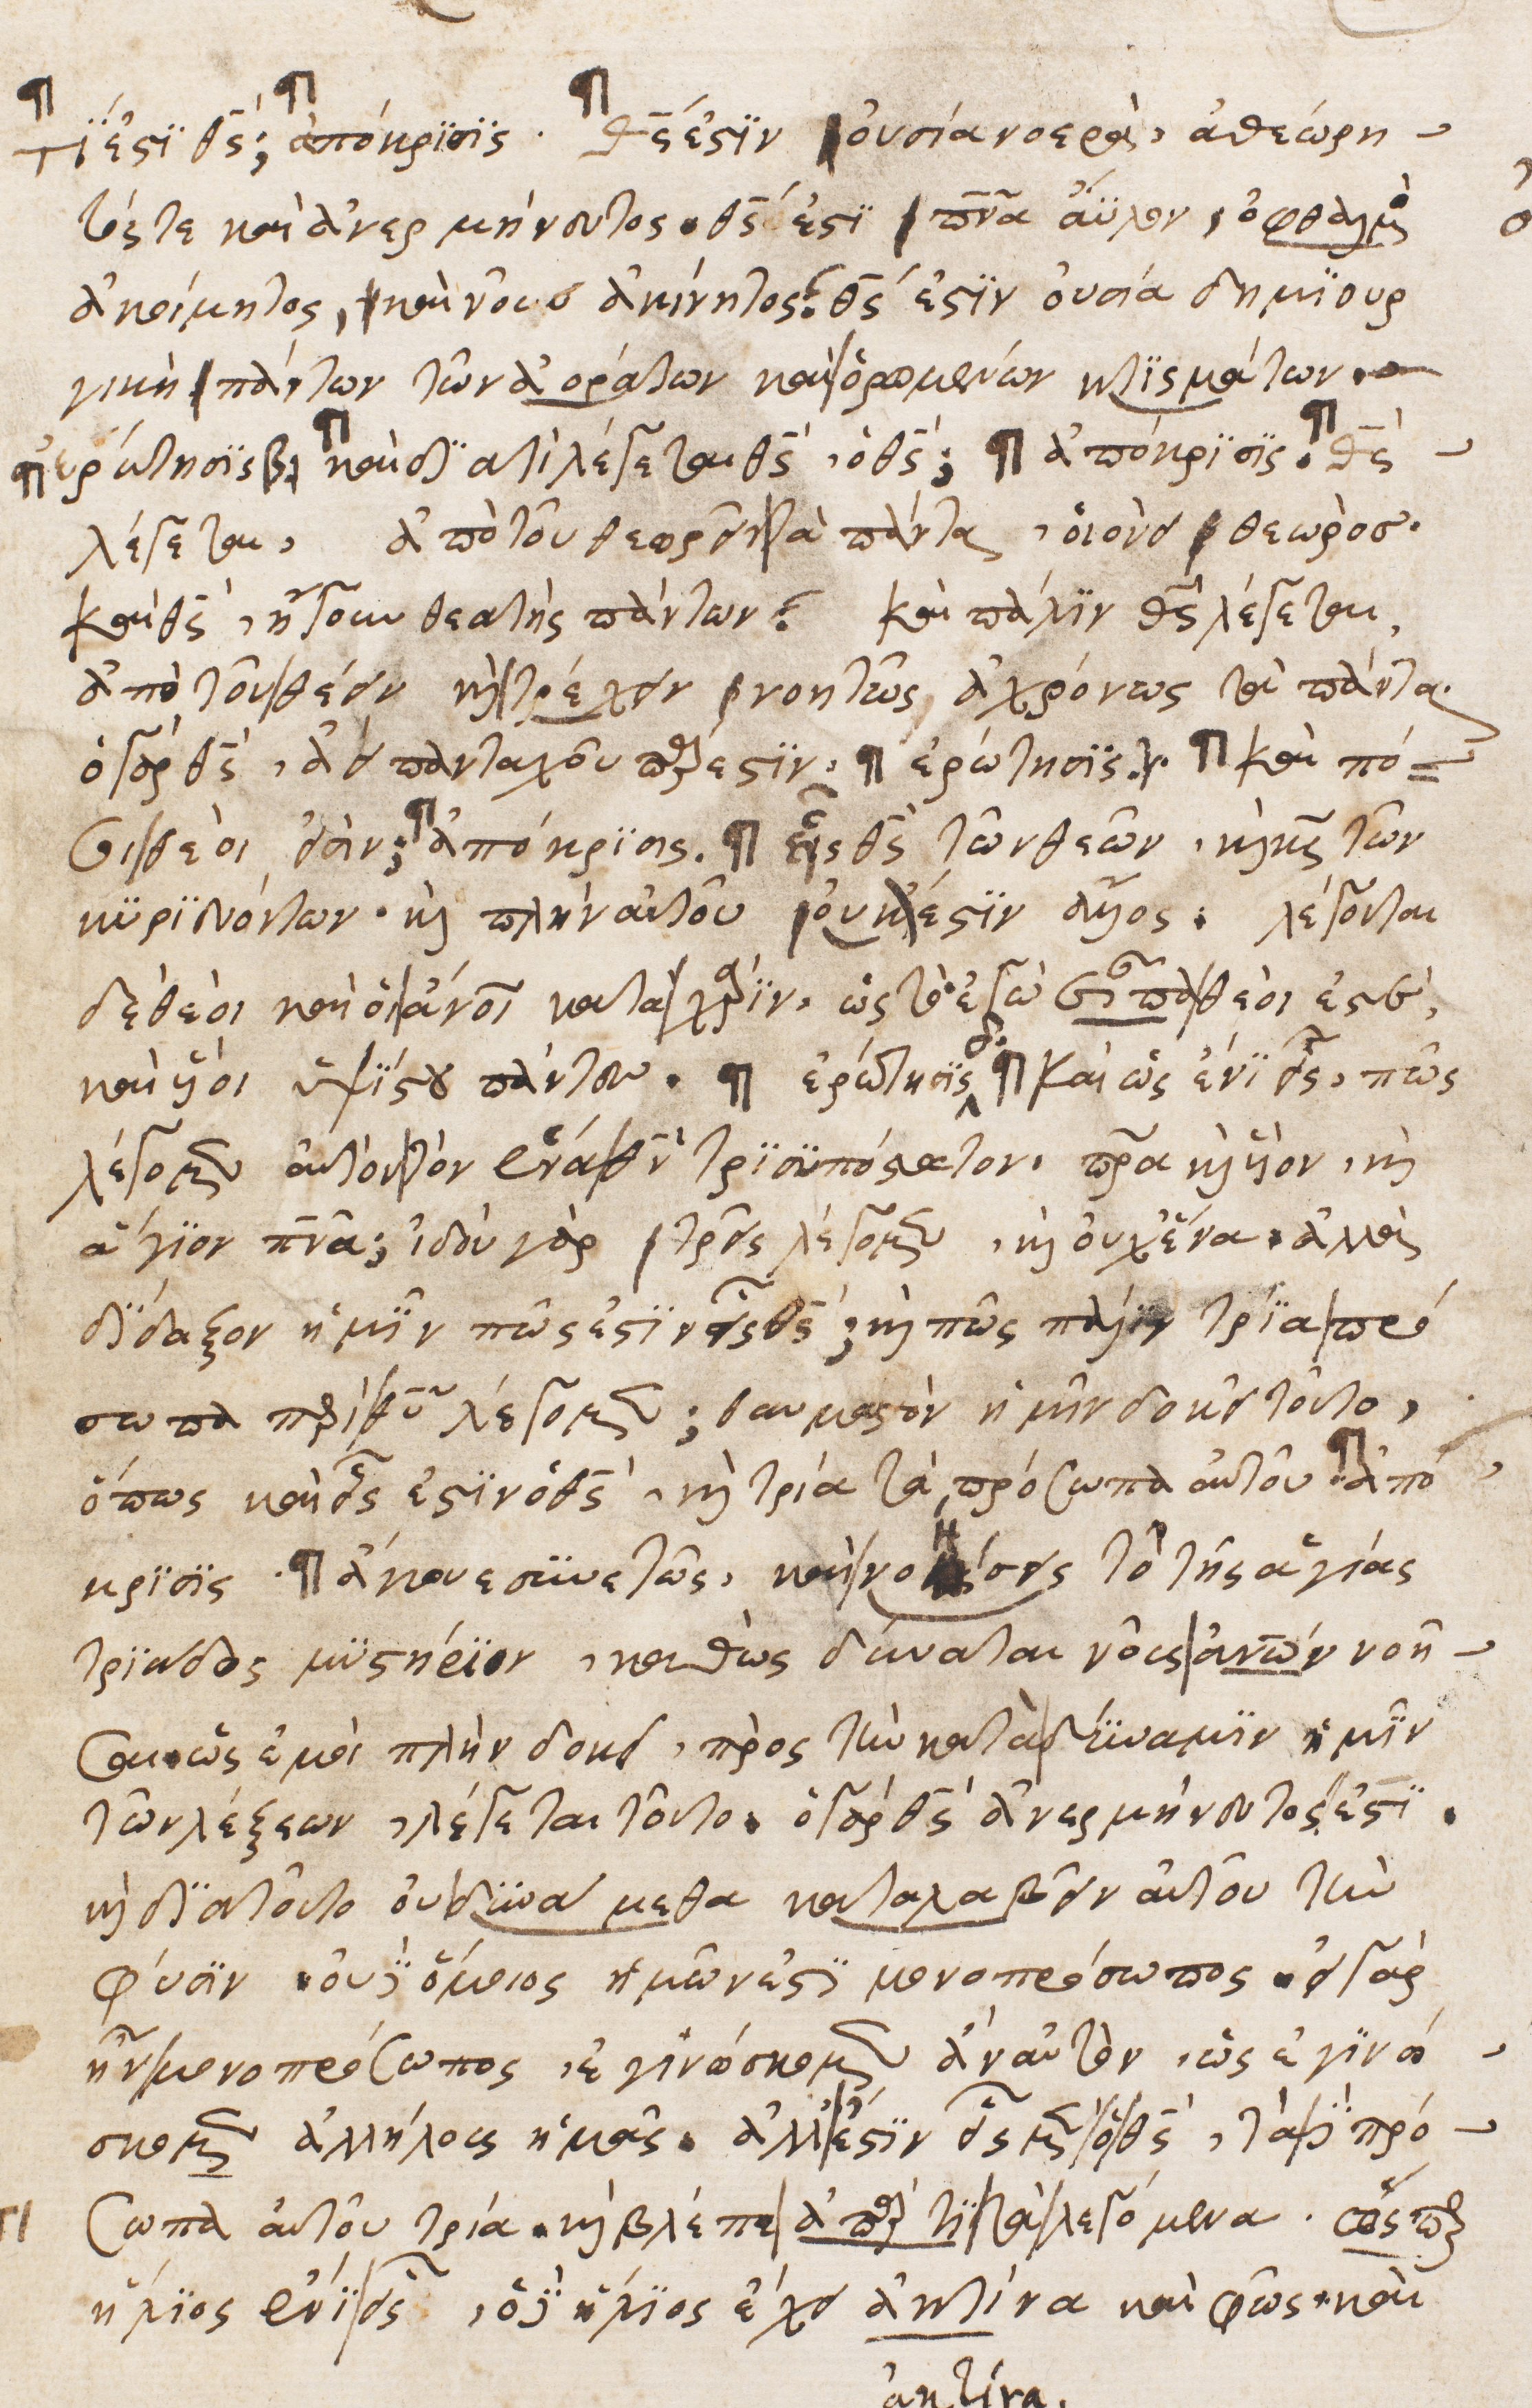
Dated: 1540–1560